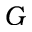
G